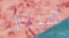
هيجان